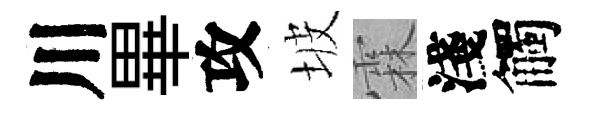
川畢攻坡霖淺觸